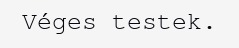
Véges testek.